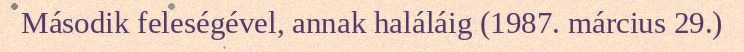
Második feleségével, annak haláláig (1987. március 29.)